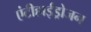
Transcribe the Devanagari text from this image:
एंटीहाईड्रोजन